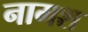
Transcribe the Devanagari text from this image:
नामश